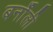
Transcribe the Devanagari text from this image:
बर्नॉली